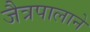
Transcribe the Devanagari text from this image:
जैत्रपालाने